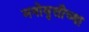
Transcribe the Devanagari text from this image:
मनोवृत्तीच्या